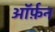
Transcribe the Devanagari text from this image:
ऑर्फ़न